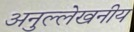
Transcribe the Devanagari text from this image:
अनुल्लेखनीय